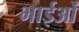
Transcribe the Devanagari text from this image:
भाईओं